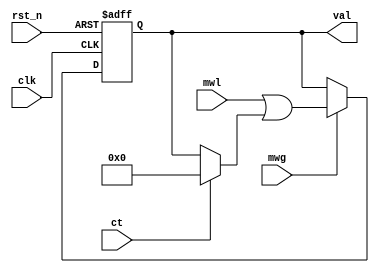
module register(
    input wire clk,
    input wire rst_n,
    input wire ct,
    input wire mwg,
    input wire [WIDTH:1] mwl,
    output reg [WIDTH:1] val
);

parameter WIDTH = 16;

always @(posedge clk or negedge rst_n) begin
    if (~rst_n) begin
        val <= {WIDTH{1'b0}};
    end else if (mwg) begin
        val <= mwl | (ct ? {WIDTH{1'b0}} : val);
    end
end

endmodule